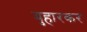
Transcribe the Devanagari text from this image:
बुहारकर